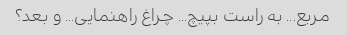
مربع... به راست بپیچ... چراغ راهنمایی... و بعد؟